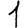
Digit: 1